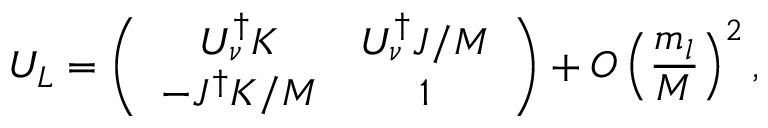
U _ { L } = \left( \begin{array} { c c } { { U _ { \nu } ^ { \dagger } K } } & { { U _ { \nu } ^ { \dagger } J / M } } \\ { { - J ^ { \dagger } K / M } } & { { 1 } } \end{array} \right) + O \left( \frac { m _ { l } } { M } \right) ^ { 2 } ,